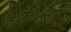
હીરાસર